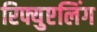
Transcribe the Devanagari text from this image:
रिफ्युएलिंग